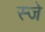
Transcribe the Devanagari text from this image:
स्जे